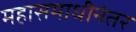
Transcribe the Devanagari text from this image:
महासमाधीनंतर